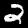
Label: 2